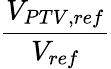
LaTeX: \frac{V_{PTV,ref}}{V_{ref}}